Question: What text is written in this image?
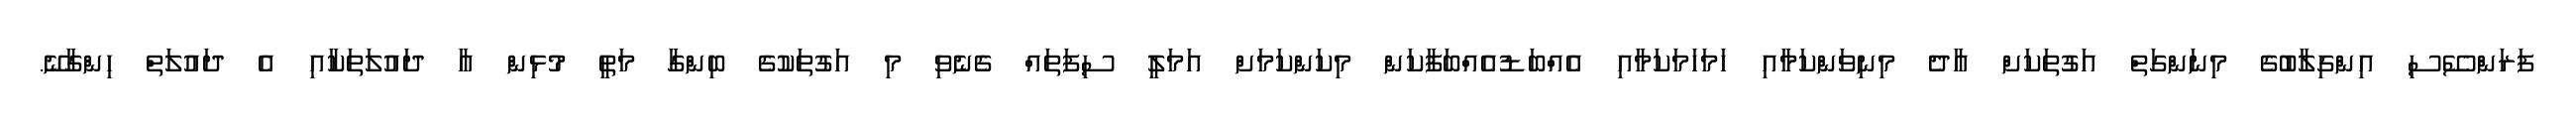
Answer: ފަރަންސޭސި އިންގިލާބުގެ މިނަންގަތް އަގުތަކަށް އާދެ މިނިވަންކަމާއި ހަމަހަމަކަމާއި އެއްބަޑުއެއްބަފާކަން މިކަންކަމަށް އަމަލީ ސިފަތައް ގެނެވި މި އަގުތަކުގެ ބިންގާ މަތީ މުޅިން އާ ދައުލަތަކާއި އެ ދައުލަތް ހިންގާނޭ.